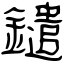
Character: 鑓